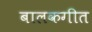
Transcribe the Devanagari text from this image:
बालकगीत